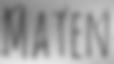
MATEN